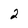
Character: 2